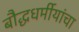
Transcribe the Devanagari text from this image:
बौद्धधर्मीयांचा